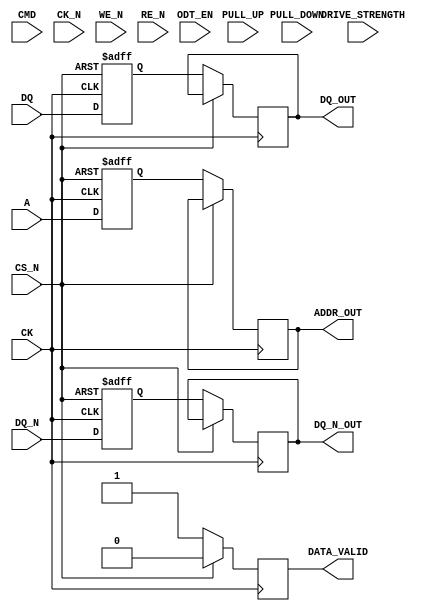
module lpddr2_io_block (
    // Interface Signals
    input wire [DQ_WIDTH-1:0] DQ,        // Data lines
    input wire [DQ_WIDTH-1:0] DQ_N,      // Complementary data lines
    input wire [CMD_WIDTH-1:0] CMD,      // Command lines
    input wire [ADDR_WIDTH-1:0] A,        // Address lines
    input wire CK,                        // Clock line
    input wire CK_N,                      // Complementary clock line
    input wire CS_N,                      // Chip select
    input wire WE_N,                      // Write enable
    input wire RE_N,                      // Read enable
    input wire ODT_EN,                    // On-die termination enable
    input wire [1:0] DRIVE_STRENGTH,     // Drive strength configuration
    input wire PULL_UP,                   // Pull-up configuration
    input wire PULL_DOWN,                 // Pull-down configuration
    output reg [DQ_WIDTH-1:0] DQ_OUT,    // Output data lines
    output reg [DQ_WIDTH-1:0] DQ_N_OUT,  // Complementary output data lines
    output reg DATA_VALID,                // Data valid signal
    output reg [ADDR_WIDTH-1:0] ADDR_OUT // Address output
);

parameter DQ_WIDTH = 16; // Number of data lines
parameter CMD_WIDTH = 3; // Number of command lines
parameter ADDR_WIDTH = 12; // Number of address lines

// Internal signals
reg [DQ_WIDTH-1:0] dq_buffer;
reg [DQ_WIDTH-1:0] dq_n_buffer;
reg [CMD_WIDTH-1:0] cmd_buffer;
reg [ADDR_WIDTH-1:0] addr_buffer;

// I/O Buffer Design
always @(posedge CK or negedge CS_N) begin
    if (!CS_N) begin
        // Reset buffers
        dq_buffer <= 0;
        dq_n_buffer <= 0;
        cmd_buffer <= 0;
        addr_buffer <= 0;
    end else begin
        // Capture input data on rising edge
        dq_buffer <= DQ;
        dq_n_buffer <= DQ_N;
        cmd_buffer <= CMD;
        addr_buffer <= A;
    end
end

// Output Buffers
always @(posedge CK) begin
    if (!CS_N) begin
        DQ_OUT <= dq_buffer;
        DQ_N_OUT <= dq_n_buffer;
        ADDR_OUT <= addr_buffer;
        DATA_VALID <= 1'b1; // Data is valid when CS_N is high
    end else begin
        DATA_VALID <= 1'b0; // Data is not valid when CS_N is low
    end
end

// On-Die Termination Logic
always @(ODT_EN) begin
    if (ODT_EN) begin
        // Implement ODT logic here (e.g., enable termination resistors)
    end else begin
        // Disable ODT
    end
end

// Drive Strength Configuration
always @(DRIVE_STRENGTH) begin
    // Configure drive strength based on DRIVE_STRENGTH input
end

// Pull-up/Pull-down Configuration
always @(PULL_UP or PULL_DOWN) begin
    // Configure pull-up/pull-down resistors based on inputs
end

endmodule